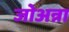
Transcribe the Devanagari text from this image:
जोअन्ना